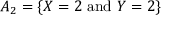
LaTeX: A _ { 2 } = \{ X = 2 { \mathrm { ~ a n d ~ } } Y = 2 \}